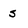
Character: s